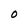
Character: O